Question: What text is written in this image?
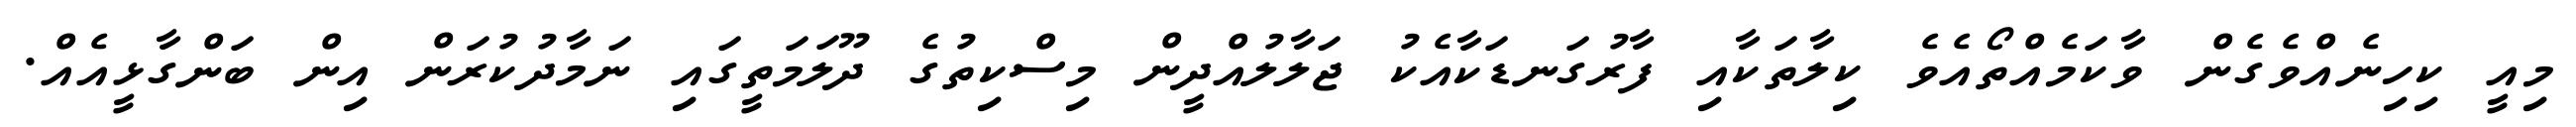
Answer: މިއީ ކިހިނެއްވެގެން ވާކަމެއްތޯއެވެ ކިލާތަކާއި ފާރުގަނޑަކާއެކު ޖަލާލުއްދީން މިސްކިތުގެ ދޫލަމަތީގައި ނަމާދުކުރަން އިން ބަންގާޅީއެއް.